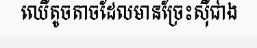
ឈើតូចតាចដែលមានច្រែះស៊ីជាង